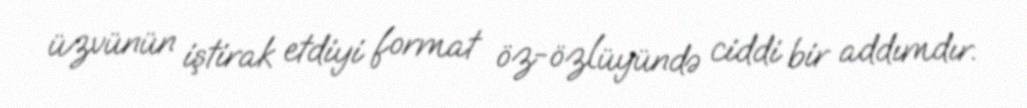
üzvünün iştirak etdiyi format öz-özlüyündə ciddi bir addımdır.